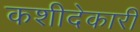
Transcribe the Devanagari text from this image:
कशीदेकारी